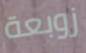
زوبعة